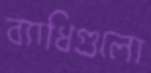
ব্যাধিগুলো